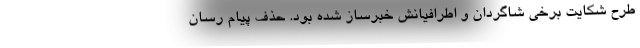
طرح شکایت برخی شاگردان و اطرافیانش خبرساز شده بود. حذف پیام‌ رسان